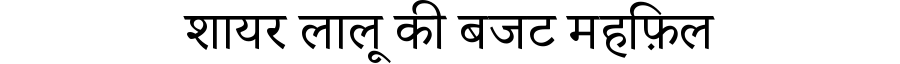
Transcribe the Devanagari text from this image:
शायर लालू की बजट महफ़िल